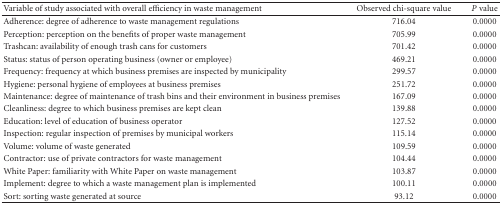
<table><thead><tr><td><b>Variable of study associated with overall efficiency in waste management </b></td><td><b>Observed chi-square value</b></td><td><b><i>P</i> value</b></td></tr></thead><tbody><tr><td>Adherence: degree of adherence to waste management regulations </td><td>716.04</td><td>0.0000</td></tr><tr><td>Perception: perception on the benefits of proper waste management </td><td>705.99</td><td>0.0000</td></tr><tr><td>Trashcan: availability of enough trash cans for customers</td><td>701.42</td><td>0.0000</td></tr><tr><td>Status: status of person operating business (owner or employee)</td><td>469.21</td><td>0.0000</td></tr><tr><td>Frequency: frequency at which business premises are inspected by municipality </td><td>299.57</td><td>0.0000</td></tr><tr><td>Hygiene: personal hygiene of employees at business premises </td><td>251.72</td><td>0.0000</td></tr><tr><td>Maintenance: degree of maintenance of trash bins and their environment in business premises </td><td>167.09</td><td>0.0000</td></tr><tr><td>Cleanliness: degree to which business premises are kept clean </td><td>139.88</td><td>0.0000</td></tr><tr><td>Education: level of education of business operator </td><td>127.52</td><td>0.0000</td></tr><tr><td>Inspection: regular inspection of premises by municipal workers </td><td>115.14</td><td>0.0000</td></tr><tr><td>Volume: volume of waste generated </td><td>109.59</td><td>0.0000</td></tr><tr><td>Contractor: use of private contractors for waste management</td><td>104.44</td><td>0.0000</td></tr><tr><td>White Paper: familiarity with White Paper on waste management </td><td>103.87</td><td>0.0000</td></tr><tr><td>Implement: degree to which a waste management plan is implemented </td><td>100.11</td><td>0.0000</td></tr><tr><td>Sort: sorting waste generated at source </td><td>93.12</td><td>0.0000</td></tr></tbody></table>